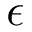
\epsilon